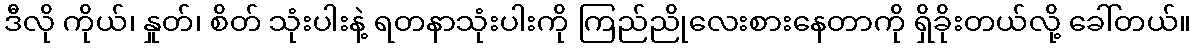
ဒီလို ကိုယ်၊ နှုတ်၊ စိတ် သုံးပါးနဲ့ ရတနာသုံးပါးကို ကြည်ညိုလေးစားနေတာကို ရှိခိုးတယ်လို့ ခေါ်တယ်။